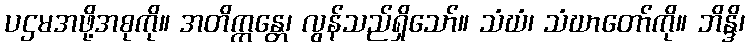
ပဌမအဖို့အစုကို။ အတိက္ကန္တေ၊ လွန်သည်ရှိသော်။ သံဃံ၊ သံဃာတော်ကို။ ဘိန္ဒိ၊